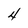
Character: 4